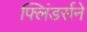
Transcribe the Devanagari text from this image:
फ्लिंडर्सने